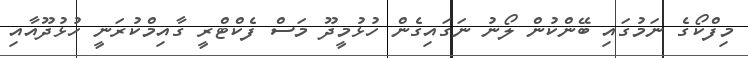
މިފްކޯގެ ނަމުގައި ބޭންކުން ލޯނު ނަގައިގެން ހުޅުމީދޫ މަސް ފެކްޓްރީ ގާއިމްކުރަނީ ހުޅުދޫއާއި